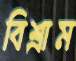
বিশ্রাম